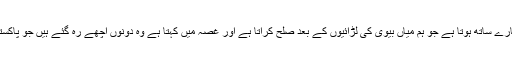
آ جا کے ثقلین رضا ہمارے ساتھ ہوتا ہے جو ہم میاں بیوی کی لڑائیوں کے بعد صلح کراتا ہے اور غصہ میں کہتا ہے وہ دونوں اچھے رہ گئے ہیں جو پاکستان سے چلے گئے ہیں۔